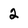
Character: 2